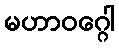
မဟာဝဂ္ဂေါ